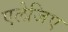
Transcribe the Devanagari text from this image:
एलेजिए